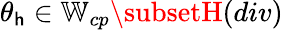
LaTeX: \theta_{\mathsf{h}}\in\mathbb{{W}}_{cp}\subsetH(div)